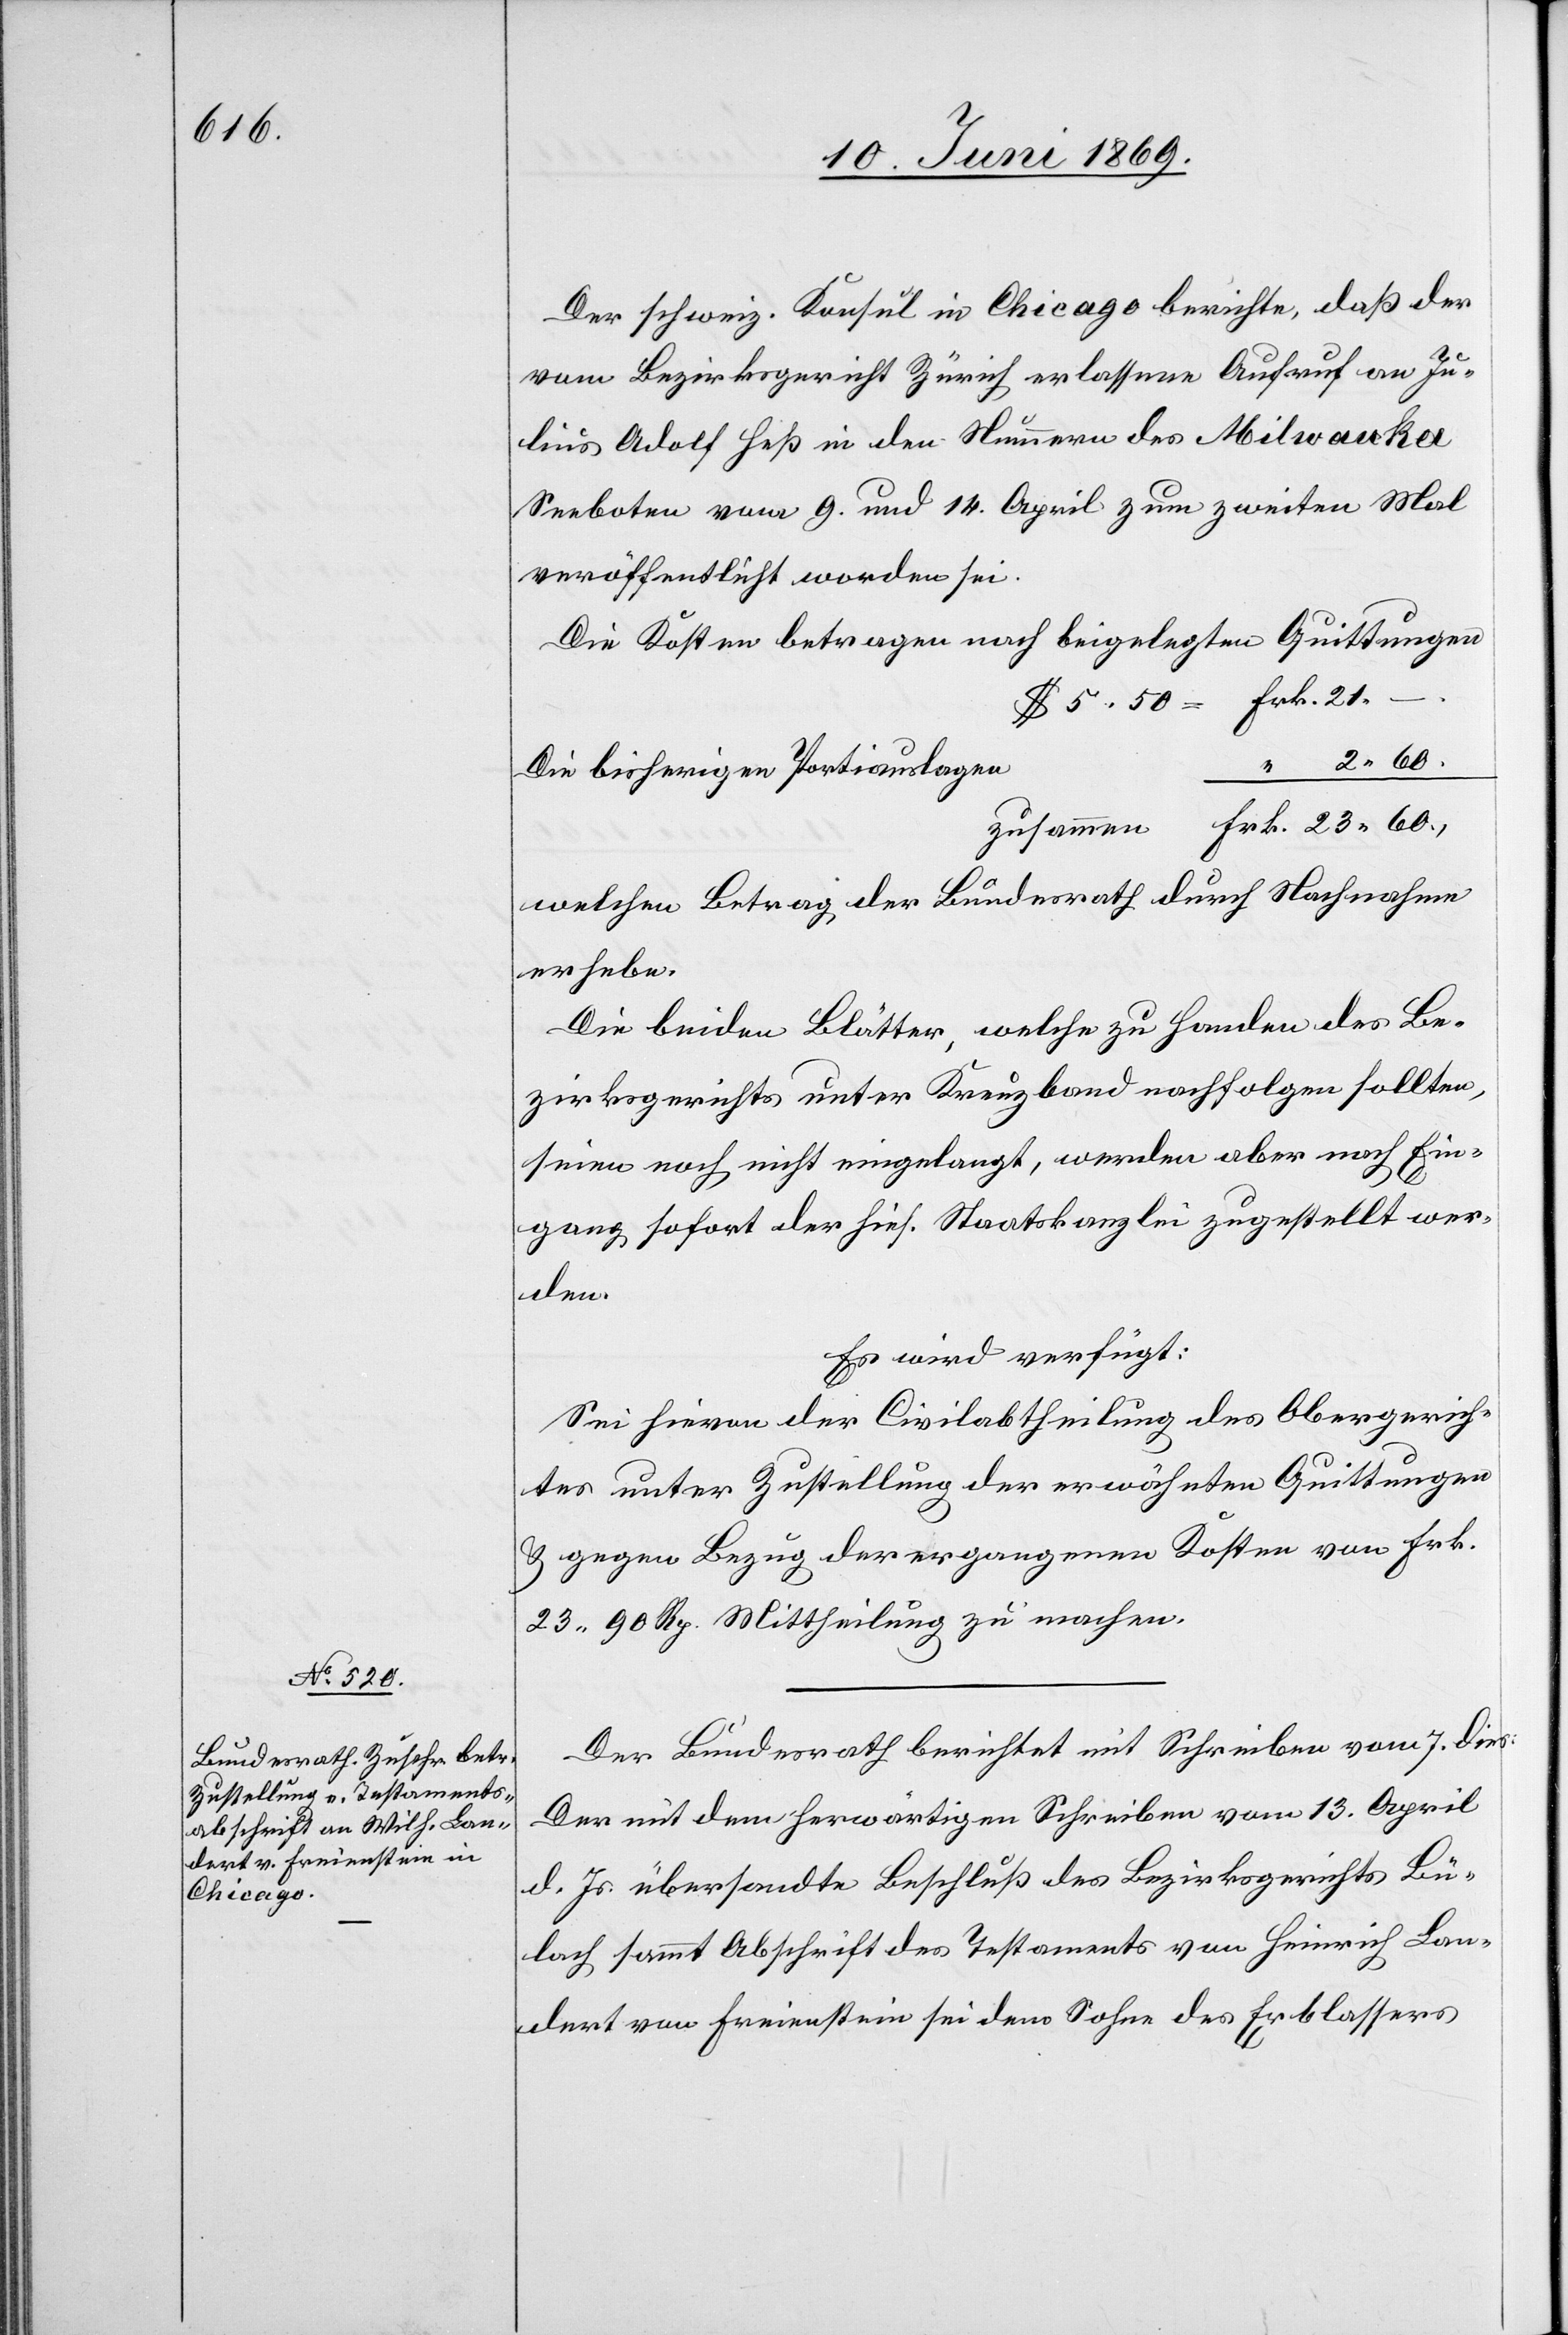
11. Juni 1869.]
Der schweiz. Konsul in Chicago berichte, daß der
vom Bezirksgericht Zürich erlassene Aufruf an Ju¬
lius Adolf Heß in den Nummern des Milwaukee
Seeboten vom 9. und 14. April zum zweiten Mal
veröffentlicht worden sei.
Die Kosten betragen nach beigelegten Quittungen
$ 5.50= Frk. 21.
–
zusammen	Frk. 23.60
welchen Betrag der Bundesrath durch Nachnahme
erhebe.
Die beiden Blätter, welche zu Handen des Be¬
zirksgerichts unter Kreuzband nachfolgen sollten,
seien noch nicht eingelangt, werden aber nach Ein¬
gang sofort der hies. Staatskanzlei zugestellt wer¬
den.
Es wird verfügt:
Sei hievon der Civilabtheilung des Obergerich¬
tes unter Zustellung der erwähnten Quittungen
u. gegen Bezug der ergangenen Kosten von Frk.
23.90 Rp. Mittheilung zu machen.
Der Bundesrath berichtet mit Schreiben vom 7. dies:
Der mit dem herwärtigen Schreiben vom 13. April
d. Js. übersandte Beschluß des Bezirksgerichts Bü¬
lach sammt Abschrift des Testaments von Heinrich Lan¬
dert von Freienstein sei dem Sohne des Erblassers